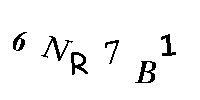
6NR7B1